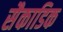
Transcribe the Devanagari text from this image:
सैकाडिक